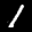
Label: 1